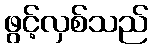
ဖွင့်လှစ်သည်